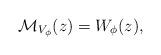
LaTeX: \begin{align*} \mathcal{M}_{V_\phi} (z)=W_{\phi}(z), \end{align*}